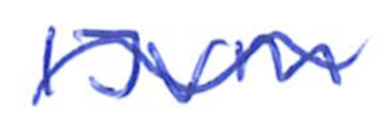
Text: IJVM
Cross-out: wave
Writing tool: ballpoint